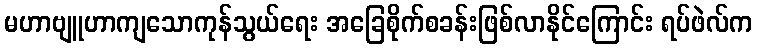
မဟာဗျူဟာကျသောကုန်သွယ်ရေး အခြေစိုက်စခန်းဖြစ်လာနိုင်ကြောင်း ရပ်ဖဲလ်က